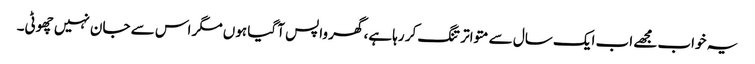
یہ خواب مجھے اب ایک سال سے متواتر تنگ کر رہا ہے، گھر واپس آ گیا ہوں مگر اس سے جان نہیں چھوٹی۔